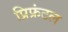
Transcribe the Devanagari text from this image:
प्रिफ्रंटल